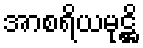
အာစရိယမုဋ္ဌိ